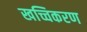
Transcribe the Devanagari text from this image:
खच्चिकरण